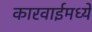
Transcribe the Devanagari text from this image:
कारवाईमध्ये